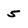
Character: 5